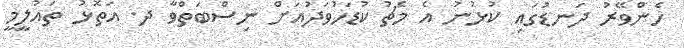
ހެންވޭރު ދަނޑުގައި ކުޅުނު އެ މެޗު ކުޑަހުވަދުއަށް ނިސްބަތްވާ ދ. އަތޮޅު ތައުލީމީ